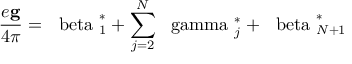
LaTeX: \frac { e { \bf g } } { 4 \pi } = { \mathrm { \boldmath ~ \ b e t a ~ } } _ { 1 } ^ { * } + \sum _ { j = 2 } ^ { N } { \mathrm { \boldmath ~ \ g a m m a ~ } } _ { j } ^ { * } + { \mathrm { \boldmath ~ \ b e t a ~ } } _ { N + 1 } ^ { * }